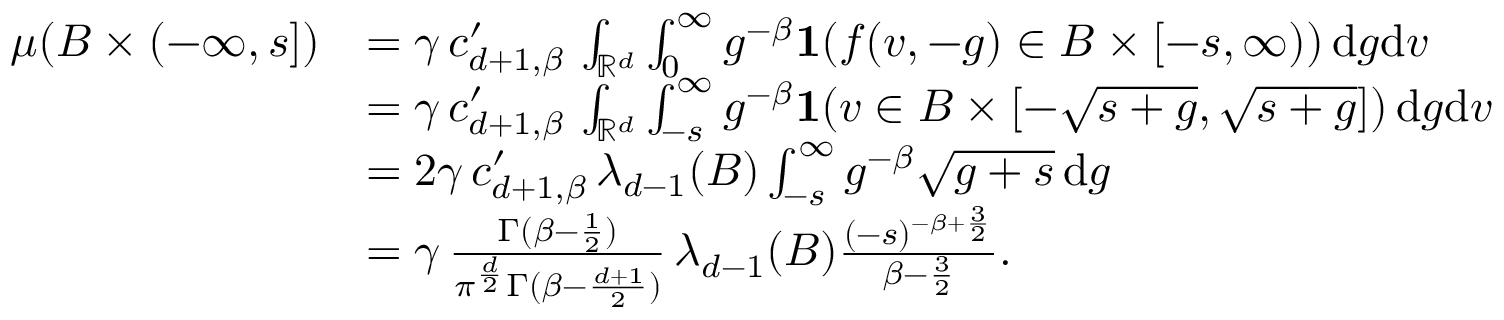
\begin{array} { r l } { \mu ( B \times ( - \infty , s ] ) } & { = \gamma \, c _ { d + 1 , \beta } ^ { \prime } \, \int _ { \mathbb { R } ^ { d } } \int _ { 0 } ^ { \infty } g ^ { - \beta } { \bf 1 } ( f ( v , - g ) \in B \times [ - s , \infty ) ) \, \mathrm { d } g \mathrm { d } v } \\ & { = \gamma \, c _ { d + 1 , \beta } ^ { \prime } \, \int _ { \mathbb { R } ^ { d } } \int _ { - s } ^ { \infty } g ^ { - \beta } { \bf 1 } ( v \in B \times [ - \sqrt { s + g } , \sqrt { s + g } ] ) \, \mathrm { d } g \mathrm { d } v } \\ & { = 2 \gamma \, c _ { d + 1 , \beta } ^ { \prime } \, \lambda _ { d - 1 } ( B ) \int _ { - s } ^ { \infty } g ^ { - \beta } \sqrt { g + s } \, \mathrm { d } g } \\ & { = \gamma \, { \frac { \Gamma ( \beta - { \frac { 1 } { 2 } } ) } { \pi ^ { \frac { d } { 2 } } \Gamma ( \beta - { \frac { d + 1 } { 2 } } ) } } \, \lambda _ { d - 1 } ( B ) { \frac { ( - s ) ^ { - \beta + { \frac { 3 } { 2 } } } } { \beta - { \frac { 3 } { 2 } } } } . } \end{array}